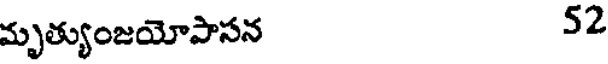
మృత్యుంజయోపాసన 52